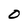
Character: 0